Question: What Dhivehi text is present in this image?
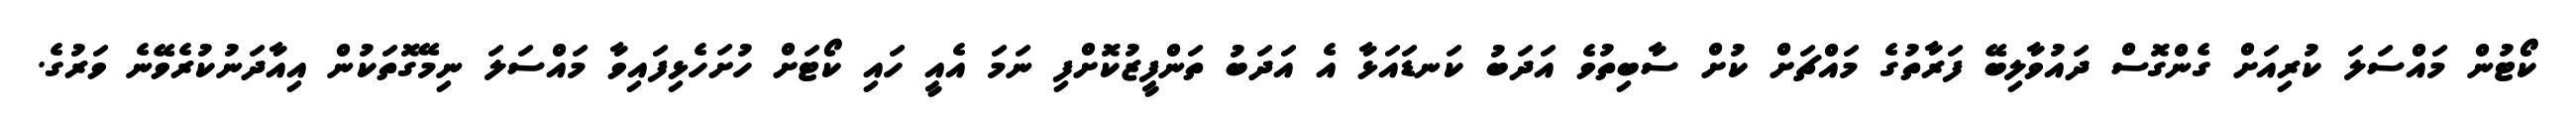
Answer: ކޯޓުން މައްސަލަ ކުރިއަށް ގެންގޮސް ދައުވާލިބޭ ފަރާތުގެ މައްޗަށް ކުށް ސާބިތުވެ އަދަބު ކަނޑައަޅާ އެ އަދަބު ތަންފީޒުކޮށްފި ނަމަ އެއީ ހައި ކޯޓަށް ހުށަހެޅިފައިވާ މައްސަލަ ނިމޭގޮތަކުން އިއާދަނުކުރެވޭނެ ވަރުގެ.